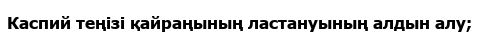
Каспий теңізі қайраңының ластануының алдын алу;